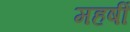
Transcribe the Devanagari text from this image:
महर्षीं